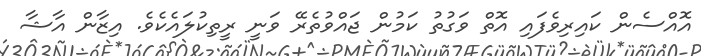
އޮއްސެން ކައިރިވެފައި އޮތް ވަގުތު ކަމުން ޖައްވުތެރޭ ވަނީ ރީތިކުލައެކެވެ. އިޒާން އާޝާ